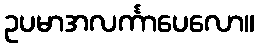
ဥပမာအလင်္ကာပေလော။